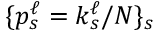
\{ p _ { s } ^ { \ell } = k _ { s } ^ { \ell } / N \} _ { s }